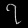
Digit: ၇